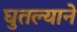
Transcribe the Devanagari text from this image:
घुतल्याने